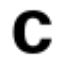
c